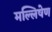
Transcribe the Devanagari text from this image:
मल्लिषेण